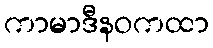
ကာမာဒီနဝကထာ